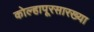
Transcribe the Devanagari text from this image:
कोल्हापूरसारख्या